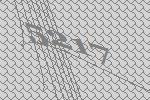
5217